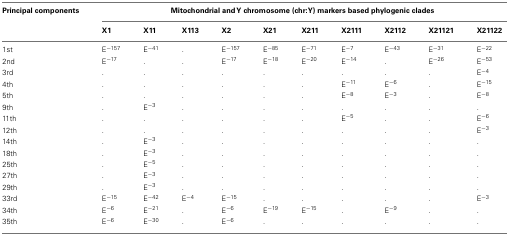
<table><thead><tr><td><b>Principal components</b></td><td colspan="10"><b>Mitochondrial and Y chromosome (chr:Y) markers based phylogenic clades</b></td></tr><tr><td></td><td><b>X1</b></td><td><b>X11</b></td><td><b>X113</b></td><td><b>X2</b></td><td><b>X21</b></td><td><b>X211</b></td><td><b>X2111</b></td><td><b>X2112</b></td><td><b>X21121</b></td><td><b>X21122</b></td></tr></thead><tbody><tr><td>1st</td><td>E<sup>−157</sup></td><td>E<sup>−41</sup></td><td>.</td><td>E<sup>−157</sup></td><td>E<sup>−85</sup></td><td>E<sup>−71</sup></td><td>E<sup>−7</sup></td><td>E<sup>−43</sup></td><td>E<sup>−31</sup></td><td>E<sup>−22</sup></td></tr><tr><td>2nd</td><td>E<sup>−17</sup></td><td>.</td><td>.</td><td>E<sup>−17</sup></td><td>E<sup>−18</sup></td><td>E<sup>−20</sup></td><td>E<sup>−14</sup></td><td>.</td><td>E<sup>−26</sup></td><td>E<sup>−53</sup></td></tr><tr><td>3rd</td><td>.</td><td>.</td><td>.</td><td>.</td><td>.</td><td>.</td><td>.</td><td>.</td><td>.</td><td>E<sup>−4</sup></td></tr><tr><td>4th</td><td>.</td><td>.</td><td>.</td><td>.</td><td>.</td><td>.</td><td>E<sup>−11</sup></td><td>E<sup>−6</sup></td><td>.</td><td>E<sup>−15</sup></td></tr><tr><td>5th</td><td>.</td><td>.</td><td>.</td><td>.</td><td>.</td><td>.</td><td>E<sup>−8</sup></td><td>E<sup>−3</sup></td><td>.</td><td>E<sup>−8</sup></td></tr><tr><td>9th</td><td>.</td><td>E<sup>−3</sup></td><td>.</td><td>.</td><td>.</td><td>.</td><td>.</td><td>.</td><td>.</td><td>.</td></tr><tr><td>11th</td><td>.</td><td>.</td><td>.</td><td>.</td><td>.</td><td>.</td><td>E<sup>−5</sup></td><td>.</td><td>.</td><td>E<sup>−6</sup></td></tr><tr><td>12th</td><td>.</td><td>.</td><td>.</td><td>.</td><td>.</td><td>.</td><td>.</td><td>.</td><td>.</td><td>E<sup>−3</sup></td></tr><tr><td>14th</td><td>.</td><td>E<sup>−3</sup></td><td>.</td><td>.</td><td>.</td><td>.</td><td>.</td><td>.</td><td>.</td><td>.</td></tr><tr><td>18th</td><td>.</td><td>E<sup>−3</sup></td><td>.</td><td>.</td><td>.</td><td>.</td><td>.</td><td>.</td><td>.</td><td>.</td></tr><tr><td>25th</td><td>.</td><td>E<sup>−5</sup></td><td>.</td><td>.</td><td>.</td><td>.</td><td>.</td><td>.</td><td>.</td><td>.</td></tr><tr><td>27th</td><td>.</td><td>E<sup>−3</sup></td><td>.</td><td>.</td><td>.</td><td>.</td><td>.</td><td>.</td><td>.</td><td>.</td></tr><tr><td>29th</td><td>.</td><td>E<sup>−3</sup></td><td>.</td><td>.</td><td>.</td><td>.</td><td>.</td><td>.</td><td>.</td><td>.</td></tr><tr><td>33rd</td><td>E<sup>−15</sup></td><td>E<sup>−42</sup></td><td>E<sup>−4</sup></td><td>E<sup>−15</sup></td><td>.</td><td>.</td><td>.</td><td>.</td><td>.</td><td>E<sup>−3</sup></td></tr><tr><td>34th</td><td>E<sup>−6</sup></td><td>E<sup>−21</sup></td><td>.</td><td>E<sup>−6</sup></td><td>E<sup>−19</sup></td><td>E<sup>−15</sup></td><td>.</td><td>E<sup>−9</sup></td><td>.</td><td>.</td></tr><tr><td>35th</td><td>E<sup>−6</sup></td><td>E<sup>−30</sup></td><td>.</td><td>E<sup>−6</sup></td><td>.</td><td>.</td><td>.</td><td>.</td><td>.</td><td>.</td></tr></tbody></table>